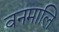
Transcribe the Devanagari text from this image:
वनमालि